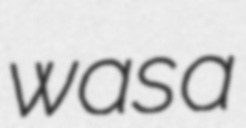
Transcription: was a